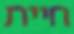
חיית